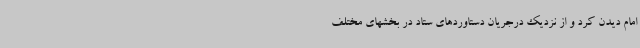
امام دیدن کرد و از نزدیک درجریان دستاوردهای ستاد در بخشهای مختلف